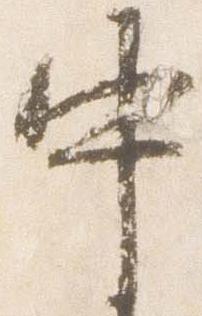
中